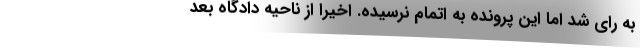
به رای شد اما این پرونده به اتمام نرسیده. اخیرا از ناحیه دادگاه بعد